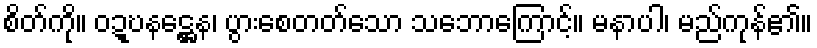
စိတ်ကို။ ဝဍ္ဎနဋ္ဌေန၊ ပွားစေတတ်သော သဘောကြောင့်။ မနာပါ၊ မည်ကုန်၏။